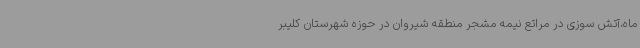
ماه،آتش سوزی در مراتع نیمه مشجر منطقه شیروان در حوزه شهرستان کلیبر